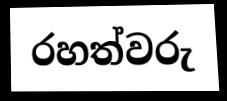
රහත්වරු